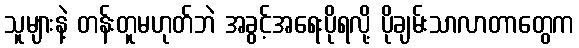
သူများနဲ့ တန်းတူမဟုတ်ဘဲ အခွင့်အရေးပိုရလို့ ပိုချမ်းသာလာတာတွေက